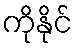
ကိုနိုင်